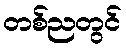
တစ်ညတွင်